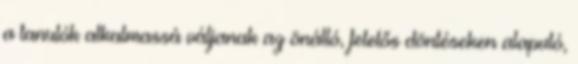
a tanulók alkalmassá váljanak az önálló, felelős döntéseken alapuló,